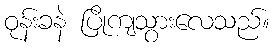
ဝုန်းခနဲ ပြိုကျသွားလေသည်။